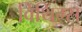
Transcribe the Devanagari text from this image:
विथिंग्स